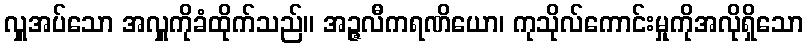
လှူအပ်သော အလှူကိုခံထိုက်သည်။ အဉ္ဇလီကရဏိယော၊ ကုသိုလ်ကောင်းမှုကိုအလိုရှိသော